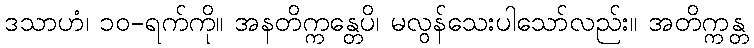
ဒသာဟံ၊ ၁၀-ရက်ကို။ အနတိက္ကန္တေပိ၊ မလွန်သေးပါသော်လည်း။ အတိက္ကန္တ